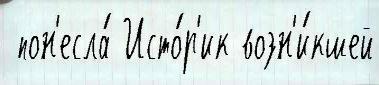
 пон'есла́ Исто́р'ик возн'и́кшей